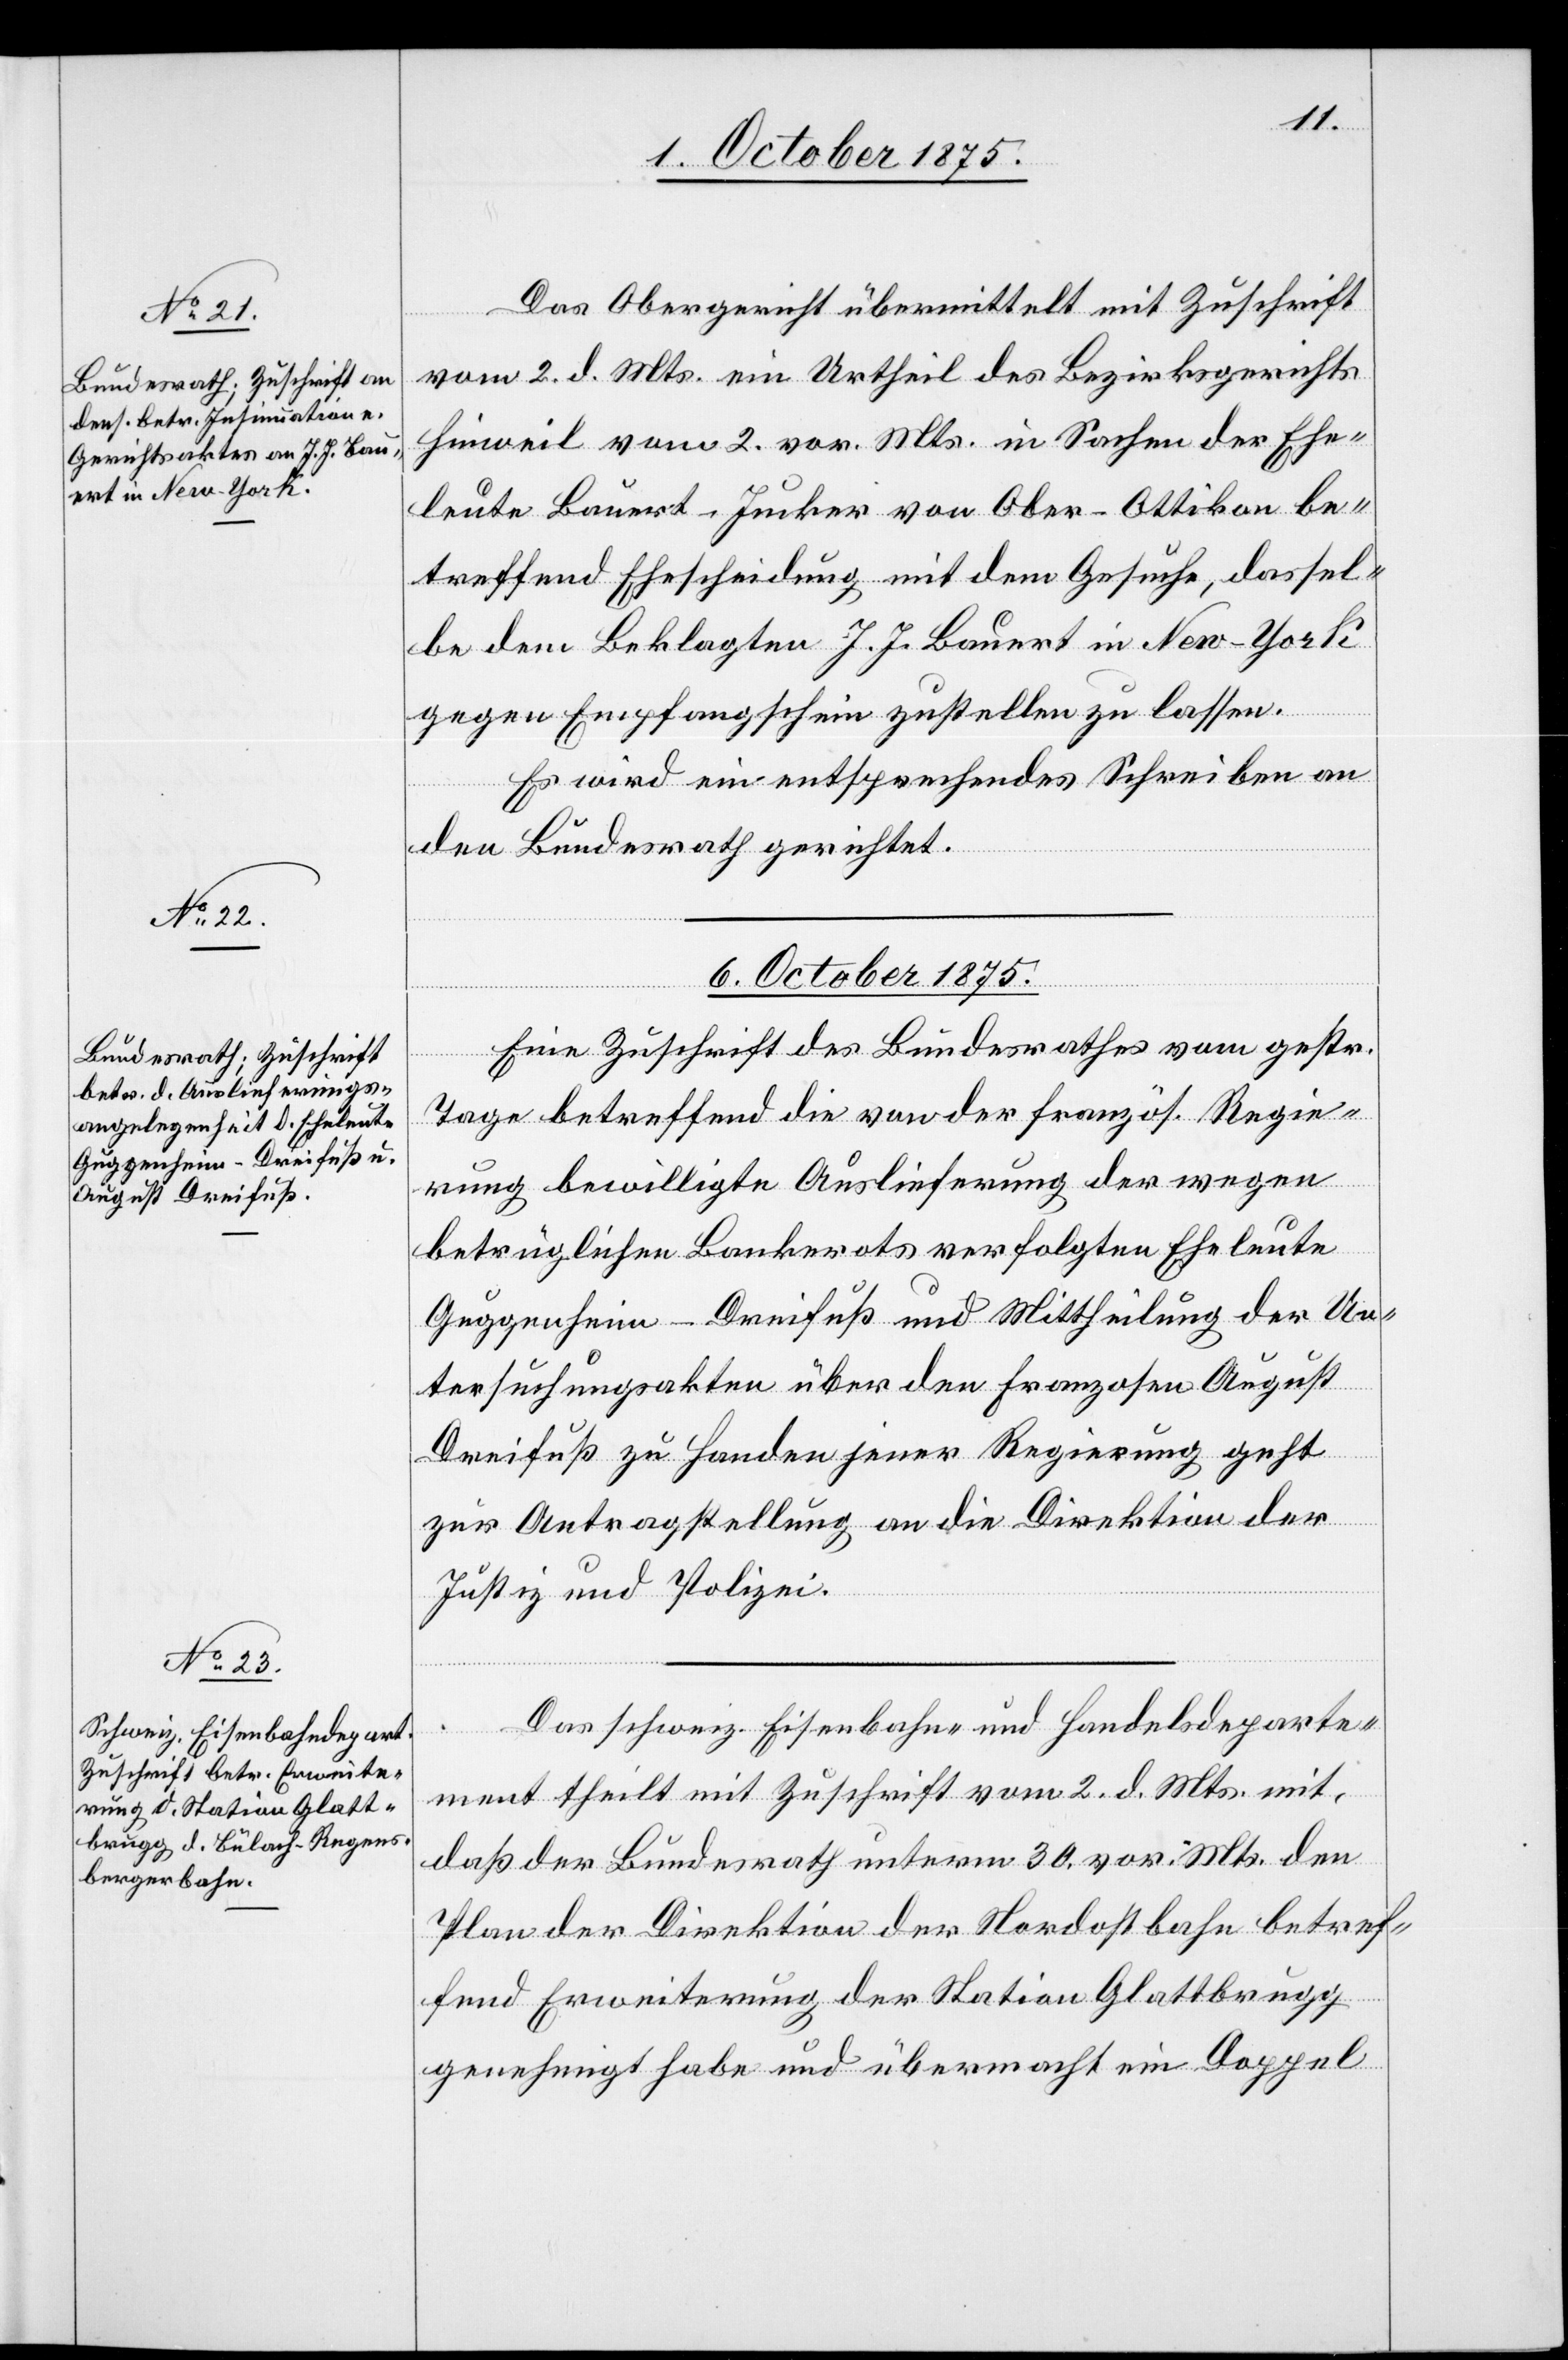
5. October 1875.]
Das Obergericht übermittelt mit Zuschrift
vom 2. d. Mts ein Urtheil des Bezirksgerichts
Hinweil vom 2. vor. Mts. in Sachen der Ehe¬
leute Bauert-Junker von Ober-Ottikon be¬
treffend Ehescheidung mit dem Gesuche, dassel¬
be dem Beklagen J. J. Bauert in New-York
gegen Empfangsschein zustellen zu lassen.
Es wird ein entsprechendes Schreiben an
den Bundesrath gerichtet.
6. October 1875.]
Eine Zuschrift des Bundesrathes vom gestr.
Tage betreffend die von der französ. Regie¬
rung bewilligte Auslieferung der wegen
betrüglichen Bankerot[t]s verfolgten Eheleute
Guggenheim-Dreifuß und Mittheilung der Un¬
tersuchungsakten über den Franzosen August
Dreifuß zu Handen jener Regierung geht
zur Antragstellung an die Direktion der
Justiz und Polizei.
Das schweiz. Eisenbahn- und Handelsdeparte¬
ment theilt mit Zuschrift vom 2. d. Mts mit,
daß der Bundesrath unterm 30. vor. Mts. den
Plan der Direktion der Nordostbahn betref¬
fend Erweiterung der Station Glattbrugg
genehmigt habe und übermacht ein Doppel